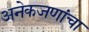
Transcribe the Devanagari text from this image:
अनेकजणांचा